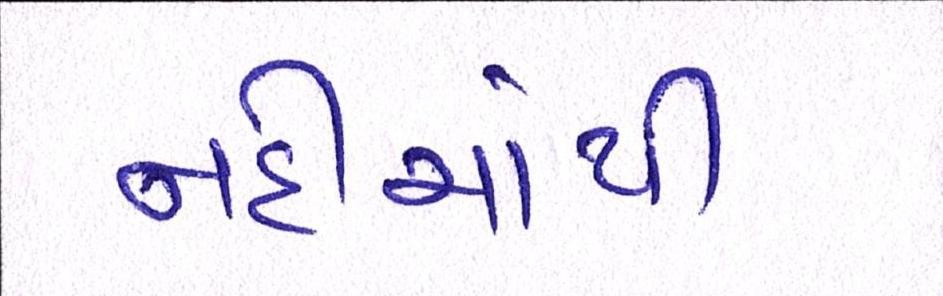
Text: નદીમાંથી